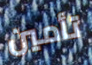
تأمين